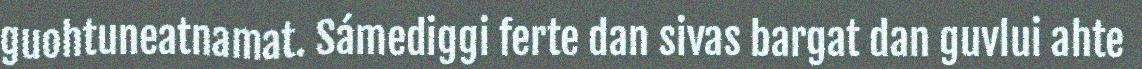
guohtuneatnamat. Sámediggi ferte dan sivas bargat dan guvlui ahte